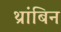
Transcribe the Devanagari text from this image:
थ्रांबिन